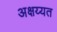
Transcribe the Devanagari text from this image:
अक्षय्यत